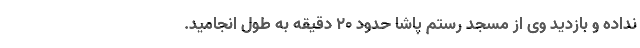
نداده و بازدید وی از مسجد رستم پاشا حدود ۲۰ دقیقه به طول انجامید.